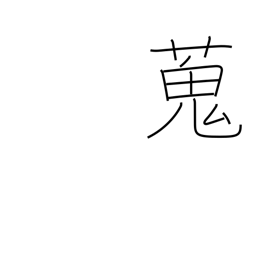
Meaning: gather